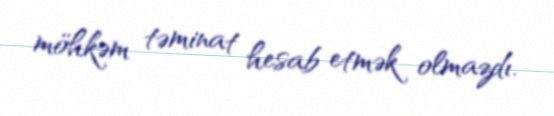
möhkəm təminat hesab etmək olmazdı.